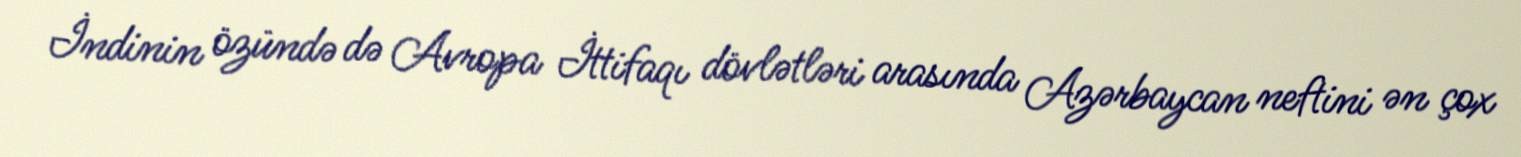
İndinin özündə də Avropa İttifaqı dövlətləri arasında Azərbaycan neftini ən çox